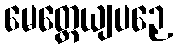
မေတ္တေယျပဉှေ